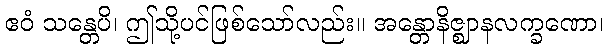
ဧဝံ သန္တေပိ၊ ဤသို့ပင်ဖြစ်သော်လည်း။ အန္တောနိဇ္ဈာနလက္ခဏော၊